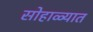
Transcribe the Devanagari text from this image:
सोहाळ्यात